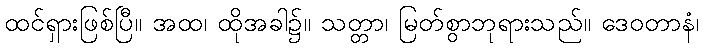
ထင်ရှားဖြစ်ပြီ။ အထ၊ ထိုအခါ၌။ သတ္တာ၊ မြတ်စွာဘုရားသည်။ ဒေဝတာနံ၊